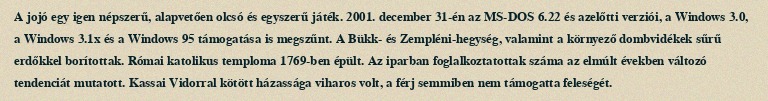
A jojó egy igen népszerű, alapvetően olcsó és egyszerű játék. 2001. december 31-én az MS-DOS 6.22 és azelőtti verziói, a Windows 3.0, a Windows 3.1x és a Windows 95 támogatása is megszűnt. A Bükk- és Zempléni-hegység, valamint a környező dombvidékek sűrű erdőkkel borítottak. Római katolikus temploma 1769-ben épült. Az iparban foglalkoztatottak száma az elmúlt években változó tendenciát mutatott. Kassai Vidorral kötött házassága viharos volt, a férj semmiben nem támogatta feleségét.